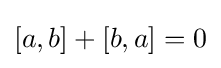
[a,b]+[b,a]=0